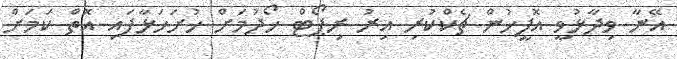
އޭނާ ވިދާޅުވީ އޮފީހުން ޗެކްކުރި އިރު ރިޕޯޓް ހޯދުމަށް ހުށަހަޅާފައި އޮތް ކަމަށް